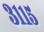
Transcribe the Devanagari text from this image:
३११५